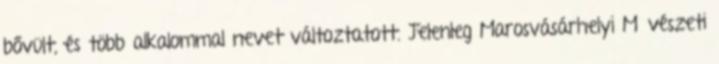
bővült, és több alkalommal nevet változtatott. Jelenleg Marosvásárhelyi Művészeti